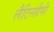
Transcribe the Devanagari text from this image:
लैटिनग्रैमी